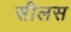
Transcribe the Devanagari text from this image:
सीलस